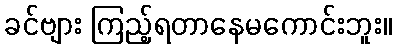
ခင်ဗျား ကြည့်ရတာနေမကောင်းဘူး။